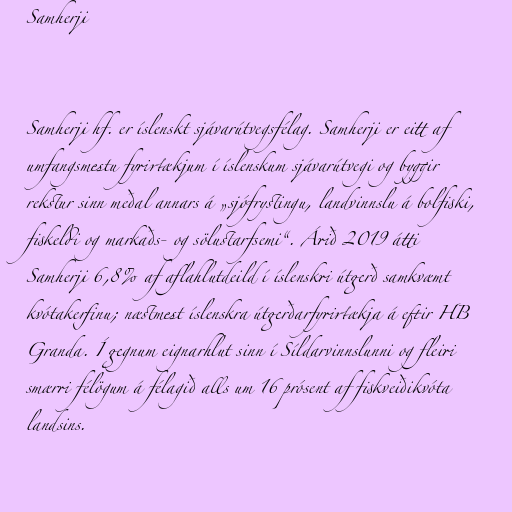
Samherji

Samherji hf. er íslenskt sjávarútvegsfélag. Samherji er eitt af
umfangsmestu fyrirtækjum í íslenskum sjávarútvegi og byggir
rekstur sinn meðal annars á „sjófrystingu, landvinnslu á bolfiski,
fiskeldi og markaðs- og sölustarfsemi“. Árið 2019 átti
Samherji 6,8% af aflahlutdeild í íslenskri útgerð samkvæmt
kvótakerfinu; næstmest íslenskra útgerðarfyrirtækja á eftir HB
Granda. Í gegnum eignarhlut sinn í Síldarvinnslunni og fleiri
smærri félögum á félagið alls um 16 prósent af fiskveiðikvóta
landsins.